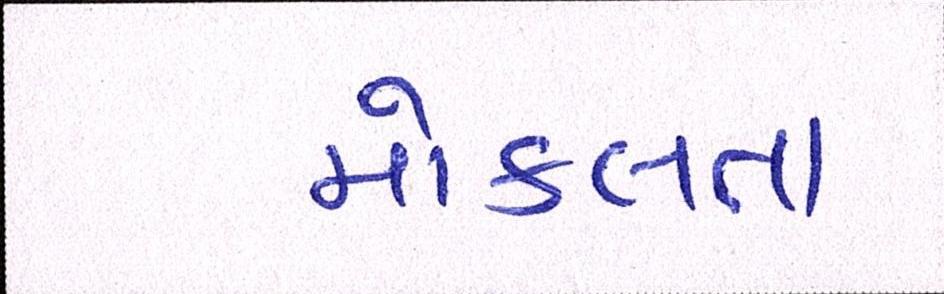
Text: મોકલતા